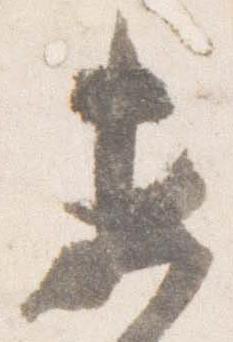
未